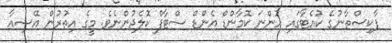
ޕާކިސްތާނުގެ ކުއެޓާގައި ހުންނަ ކޮމާންޑް އެންޑް ސްޓާފް ކޮލެޖުންނެވެ. މީގެ އިތުރުން އޭޝިއާ